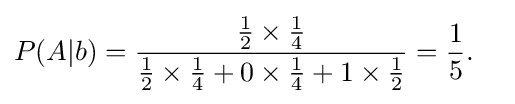
{\begin{aligned}P(A|b)&={\frac {{\tfrac {1}{2}}\times {\tfrac {1}{4}}}{{\tfrac {1}{2}}\times {\tfrac {1}{4}}+0\times {\tfrac {1}{4}}+1\times {\tfrac {1}{2}}}}={\frac {1}{5}}.\end{aligned}}